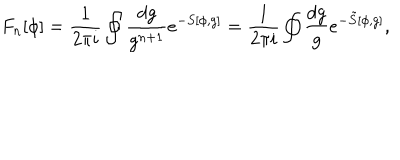
F _ { n } [ \phi ] = \frac { 1 } { 2 \pi i } \oint \frac { d g } { g ^ { n + 1 } } e ^ { - S [ \phi , g ] } = \frac { 1 } { 2 \pi i } \oint \frac { d g } { g } e ^ { - \tilde { S } [ \phi , g ] } ,